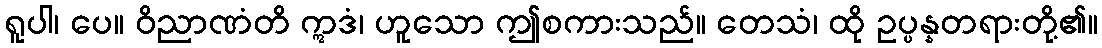
ရူပါ၊ ပေ။ ဝိညာဏံတိ ဣဒံ၊ ဟူသော ဤစကားသည်။ တေသံ၊ ထို ဥပ္ပန္နတရားတို့၏။